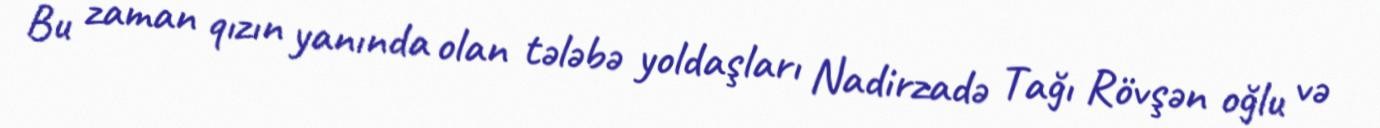
Bu zaman qızın yanında olan tələbə yoldaşları Nadirzadə Tağı Rövşən oğlu və